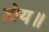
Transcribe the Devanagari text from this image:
होय॥